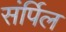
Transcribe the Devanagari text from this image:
संर्पिल